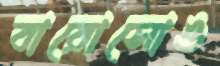
বারোসোও